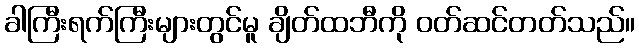
ခါကြီးရက်ကြီးများတွင်မူ ချိတ်ထဘီကို ဝတ်ဆင်တတ်သည်။